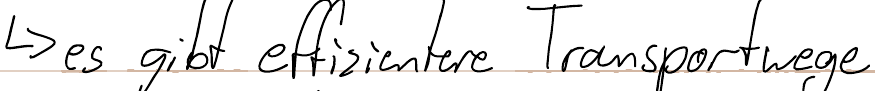
-> es gibt effizientere Transportwege